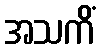
အသကိံ